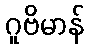
ဂူဗိမာန်